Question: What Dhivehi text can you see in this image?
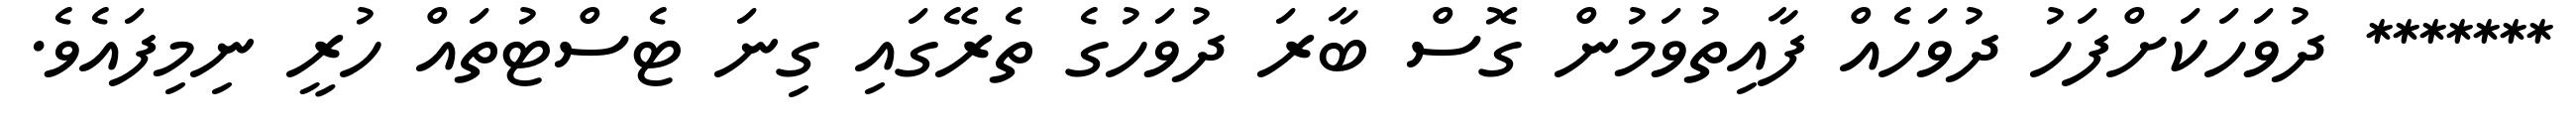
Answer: ******* ދުވަހަކަށްފަހު ދުވަހެއް ފާއިތުވަމުން ގޮސް ބާރަ ދުވަހުގެ ތެރޭގައި ގިނަ ޓެސްޓުތައް ހުރީ ނިމިފައެވެ.